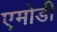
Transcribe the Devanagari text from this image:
एमोडी